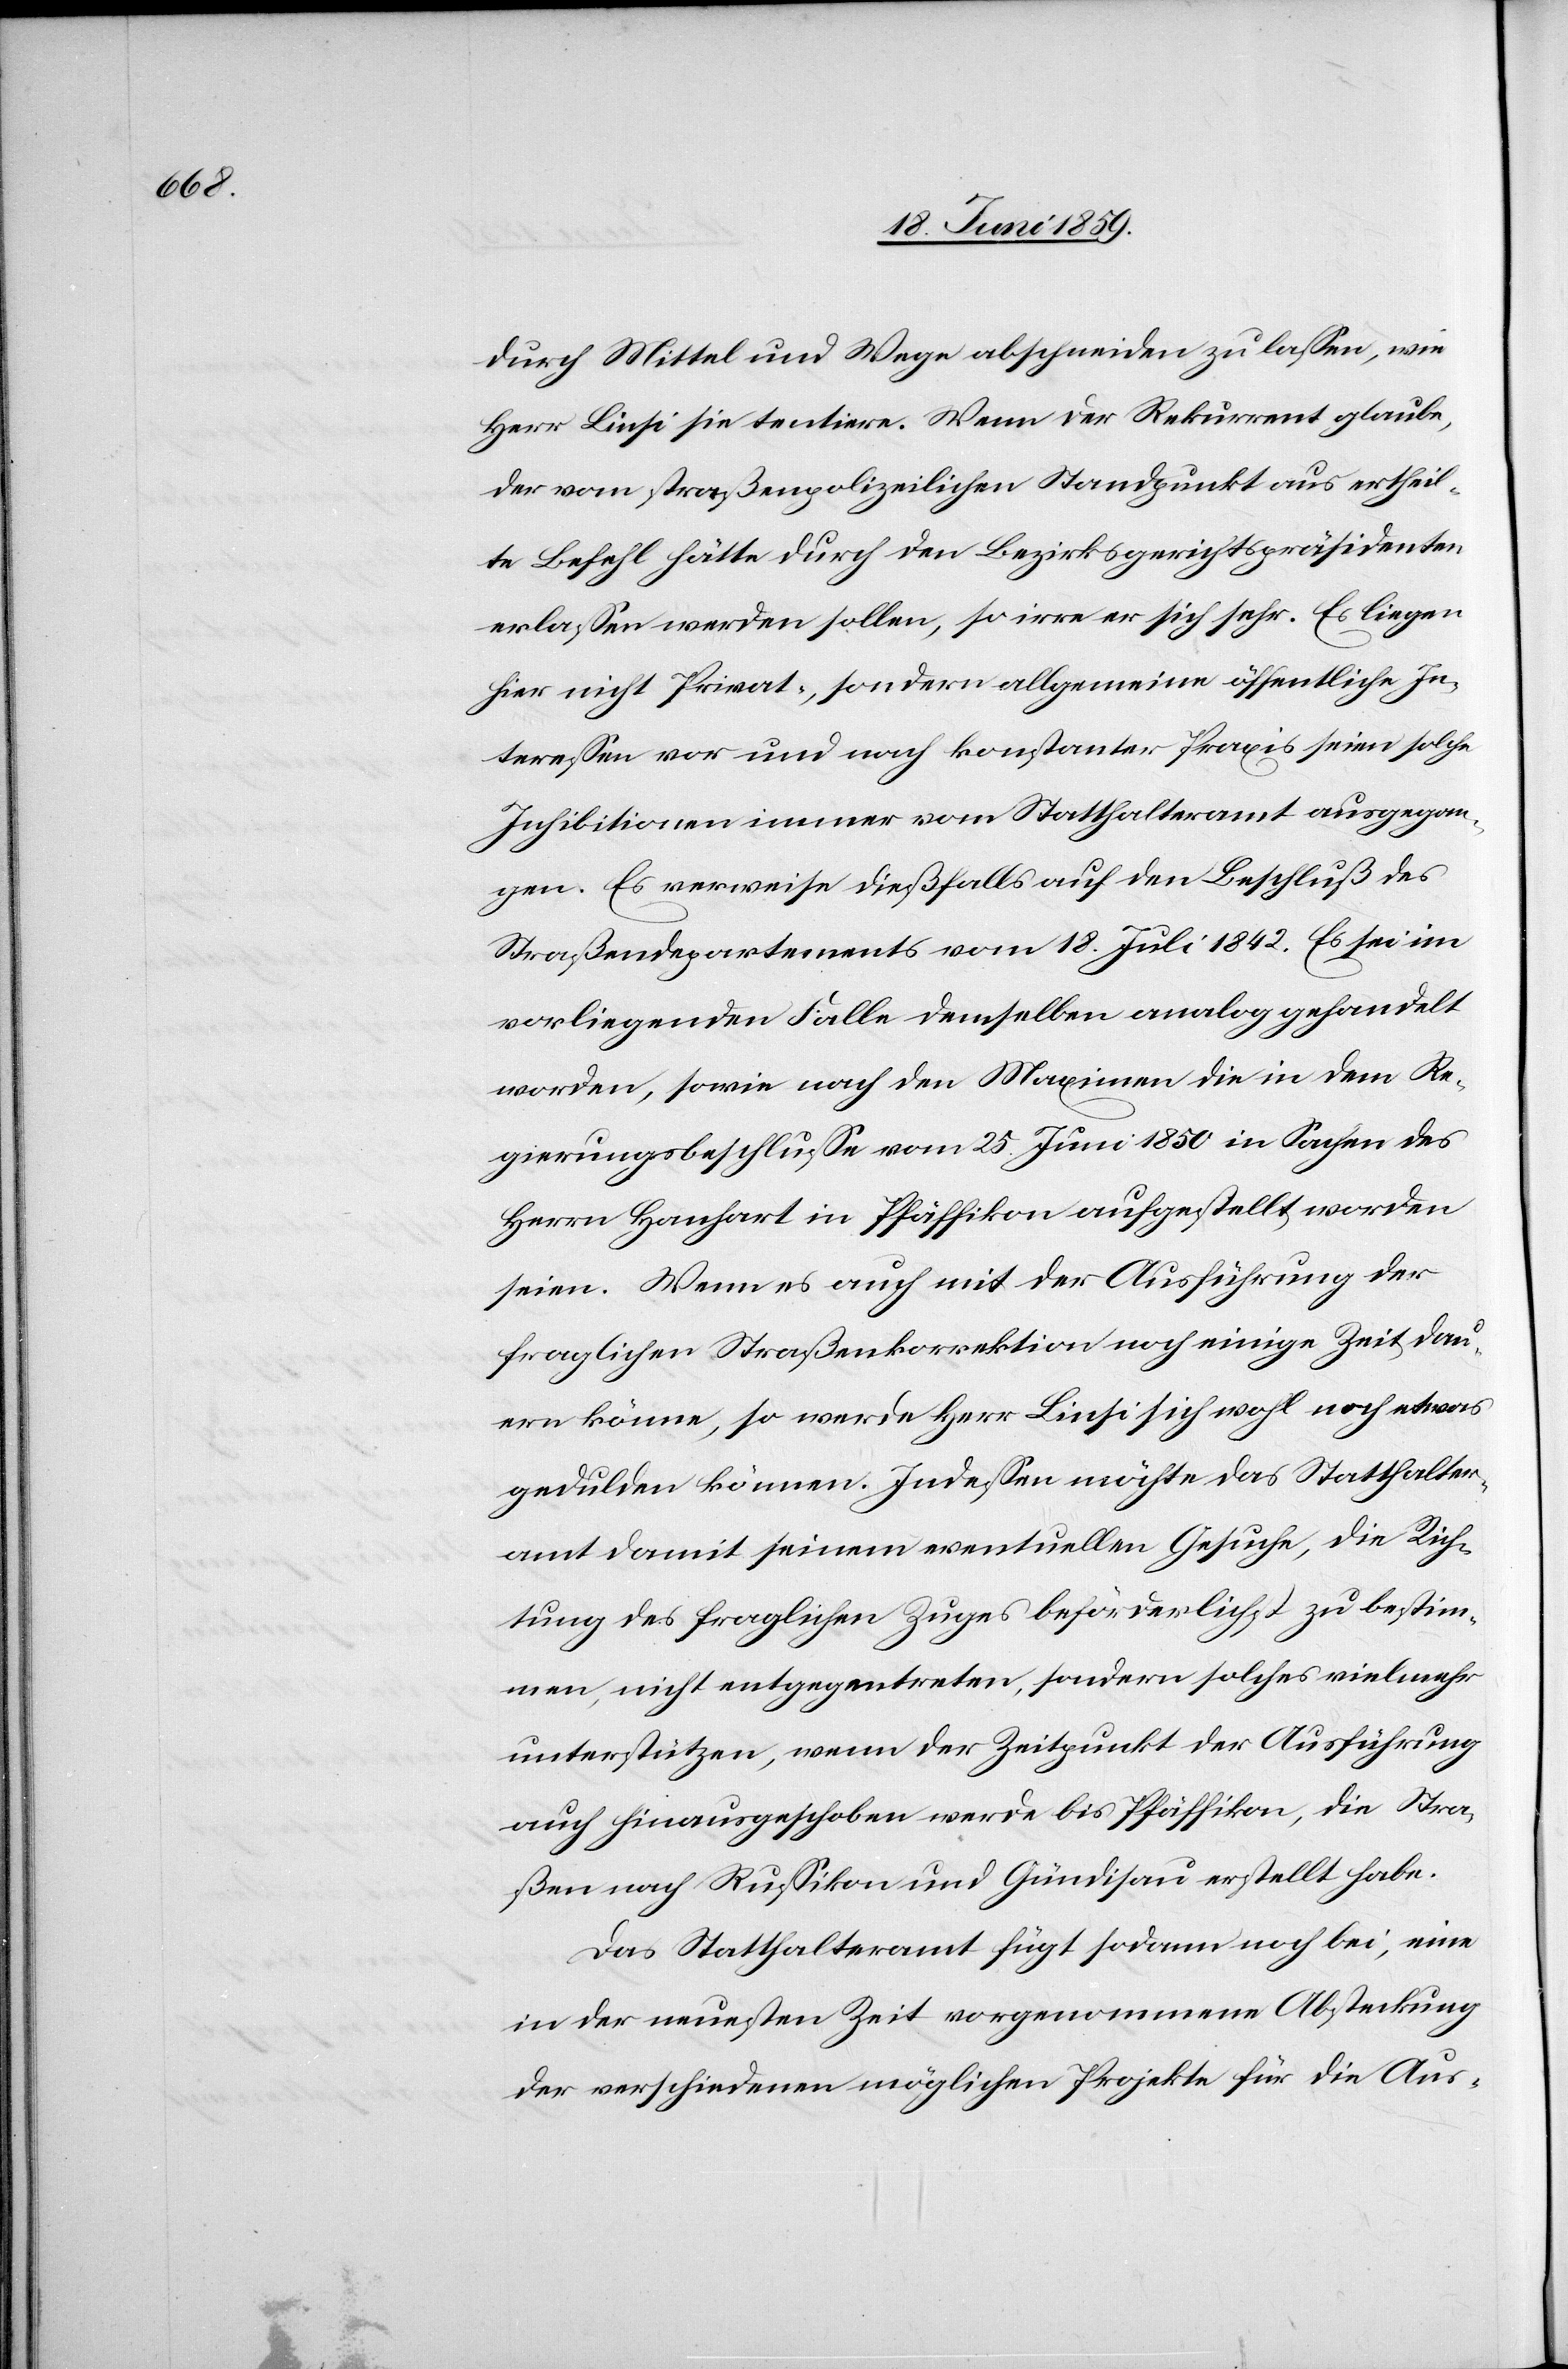
durch Mittel und Wege abschneiden zu lassen, wie
Herr Linsi sie tensiere. Wenn der Rekurrent glaube,
der vom straßenpolizeilichen Standpunkt aus ertheil¬
te Befehl hätte durch den Bezirksgerichtspräsidenten
erlassen werden sollen, so irre er sich sehr. Es liegen
hier nicht Privat-, sondern allgemeine öffentliche In¬
teressen vor und nach konstanter Praxis seien solche
Inhibitionen immer vom Statthalteramt ausgegan¬
gen. Es verweise dießfalls auf den Beschluß des
Straßendepartements vom 18. Juli 1842. Es sei im
vorliegenden Falle demselben analog gehandelt
worden, sowie nach den Maximen die in dem Re¬
gierungsbeschlusse vom 25. Juni 1850 in Sachen des
Herrn Hanhart in Pfäffikon aufgestellt, worden
seien. Wenn es auch mit der Ausführung der
fraglichen Straßenkorrektion noch einige Zeit dau¬
ern könne, so werde Herr Linsi sich wohl noch etwas
gedulden können. Indessen möchte das Statthalter¬
amt damit seinem eventuellen Gesuche, die Rich¬
tung des fraglichen Zuges beförderlichst zu bestim¬
men, nicht entgegentreten, sondern solches vielmehr
unterstützen, wenn der Zeitpunkt der Ausführung
auch hinausgeschoben werde bis Pfäffikon, die Stra¬
ßen nach Russikon und Gündisau erstellt habe.
Das Statthalteramt fügt sodann noch bei, eine
in der neusten Zeit vorgenommene Absteckung
der verschiedenen möglichen Projekte für die Aus-